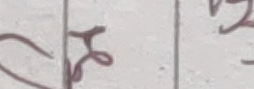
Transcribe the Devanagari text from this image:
हैन